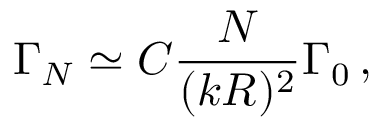
\Gamma _ { N } \simeq C \frac { N } { ( k R ) ^ { 2 } } \Gamma _ { 0 } \, ,